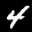
Label: 4